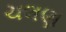
ચલણ